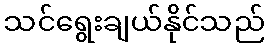
သင်ရွေးချယ်နိုင်သည်